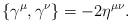
LaTeX: \begin{align*}\{ \gamma^\mu,\gamma^\nu \}=-2\eta^{\mu\nu}.\end{align*}